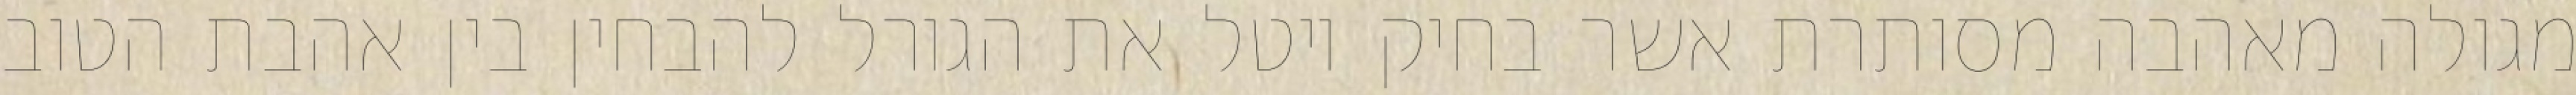
מגולה מאהבה מסותרת אשר בחיק יוטל את הגורל להבחין בין אהבת הטוב